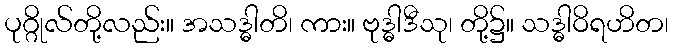
ပုဂ္ဂိုလ်တို့လည်း။ အသဒ္ဓါတိ၊ ကား။ ဗုဒ္ဓါဒီသု၊ တို့၌။ သဒ္ဓါဝိရဟိတ၊